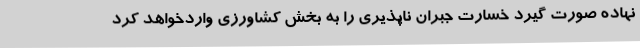
نهاده صورت گیرد خسارت جبران ناپذیری را به بخش کشاورزی واردخواهد کرد